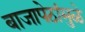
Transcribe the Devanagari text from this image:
बाजापेठांमुळे